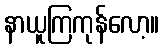
နာယူကြကုန်လော့။